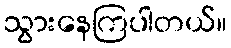
သွားနေကြပါတယ်။